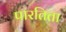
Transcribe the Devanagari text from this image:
पारतिता